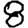
Digit: 8